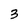
Character: 3